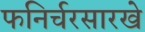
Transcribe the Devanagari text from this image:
फनिर्चरसारखे